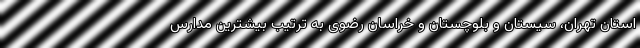
استان‌ تهران، سیستان و بلوچستان و خراسان رضوی به ترتیب بیشترین مدارس